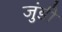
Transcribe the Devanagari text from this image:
जुंडी